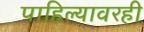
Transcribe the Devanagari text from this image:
पाहिल्यावरही